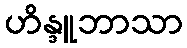
ဟိန္ဒူဘာသာ